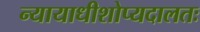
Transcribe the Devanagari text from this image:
न्यायाधीशोप्यदालतः